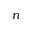
n